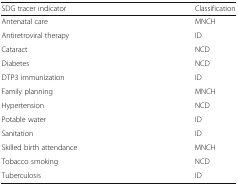
| SDG tracer indicator | Classification |
 | --- | --- |
 | Antenatal care | MNCH |
 | Antiretroviral therapy | ID |
 | Cataract | NCD |
 | Diabetes | NCD |
 | DTP3 immunization | ID |
 | Family planning | MNCH |
 | Hypertension | NCD |
 | Potable water | ID |
 | Sanitation | ID |
 | Skilled birth attendance | MNCH |
 | Tobacco smoking | NCD |
 | Tuberculosis | ID |